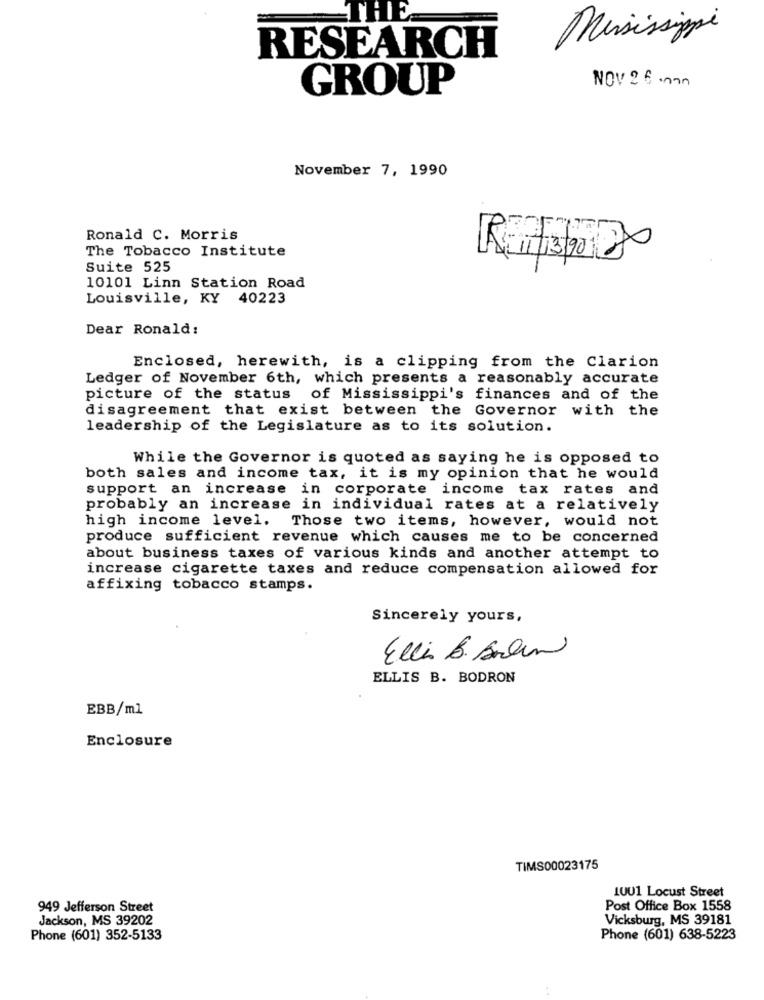
THE.
Mississippi
RESEARCH
GROUP
NOV 26 .man
November 7, 1990
Ronald C. Morris
The Tobacco Institute
Suite 525
10101 Linn Station Road
Louisville, KY 40223
Dear Ronald:
Enclosed, herewith, is a clipping from the Clarion
Ledger of November 6th, which presents a reasonably accurate
picture of the status of Mississippi's finances and of the
disagreement that exist between the Governor with the
leadership of the Legislature as to its solution.
While the Governor is quoted as saying he is opposed to
both sales and income tax, it is my opinion that he would
support an increase in corporate income tax rates and
probably an increase in individual rates at a relatively
high income level. Those two items, however, would not
produce sufficient revenue which causes me to be concerned
about business taxes of various kinds and another attempt to
increase cigarette taxes and reduce compensation allowed for
affixing tobacco stamps.
Sincerely yours,
Ellis B. Berlin
ELLIS B. BODRON
EBB/ml
Enclosure
TIMS00023175
1001 Locust Street
949 Jefferson Street
Post Office Box 1558
Jackson, MS 39202
Vicksburg, MS 39181
Phone (601) 352-5133
Phone (601) 638-5223
1